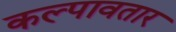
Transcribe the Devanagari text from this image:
कल्पावतार